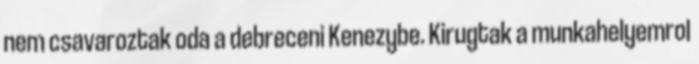
nem csavaroztak oda a debreceni Kenezybe. Kirugtak a munkahelyemrol